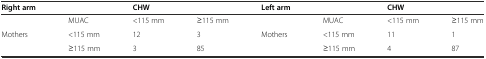
<table><thead><tr><td><b>Right arm</b></td><td>[EMPTY_CELL]</td><td colspan="2"><b>CHW</b></td><td><b>Left arm</b></td><td>[EMPTY_CELL]</td><td colspan="2"><b>CHW</b></td></tr></thead><tbody><tr><td>[EMPTY_CELL]</td><td>MUAC</td><td>&lt;115 mm</td><td>≥115 mm</td><td>[EMPTY_CELL]</td><td>MUAC</td><td>&lt;115 mm</td><td>≥115 mm</td></tr><tr><td>Mothers</td><td>&lt;115 mm</td><td>12</td><td>3</td><td>Mothers</td><td>&lt;115 mm</td><td>11</td><td>1</td></tr><tr><td>[EMPTY_CELL]</td><td>≥115 mm</td><td>3</td><td>85</td><td>[EMPTY_CELL]</td><td>≥115 mm</td><td>4</td><td>87</td></tr></tbody></table>